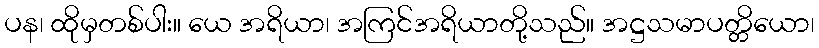
ပန၊ ထိုမှတစ်ပါး။ ယေ အရိယာ၊ အကြင်အရိယာတို့သည်။ အဋ္ဌသမာပတ္တိယော၊